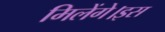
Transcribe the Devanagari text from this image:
मिलेंगे।इस